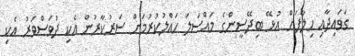
ގަވައިދާއި ހިލާފަށް އުޅޭ ބިދޭސީންގެ މައްސަލަ ހައްލުކުރުމަށް ސަރުކާރުން އެކި ދުވަސްވަރު އެކި